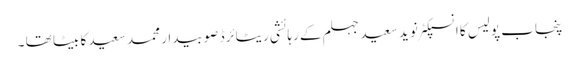
پنجاب پولیس کا انسپکٹر نوید سعید جہلم کے رہائشی ریٹائرڈ صوبیدار محمد سعید کا بیٹا تھا ۔